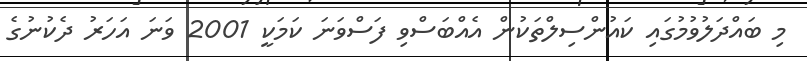
މި ބައްދަލުވުމުގައި ކައުންސިލްތަކުން އެއްްބަސްވި ފަސްވަނަ ކަމަކީ 2001 ވަނަ އަހަރު ދެކުނުގެ